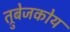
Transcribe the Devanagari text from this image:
त्रुबेजकोय